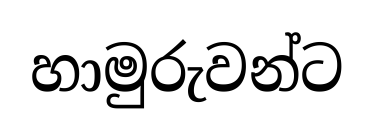
හාමුරුවන්ට